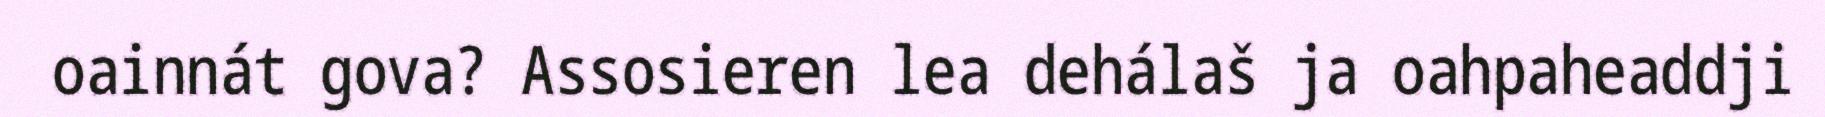
oainnát gova? Assosieren lea dehálaš ja oahpaheaddji